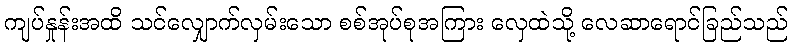
ကျပ်နှုန်းအထိ သင်လျှောက်လှမ်းသော စစ်အုပ်စုအကြား လှေထဲသို့ လေဆာရောင်ခြည်သည်